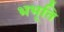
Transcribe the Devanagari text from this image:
भभूति